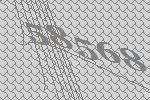
58568